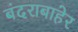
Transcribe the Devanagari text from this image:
बंदराबाहेर